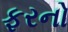
ફરનો